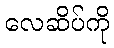
လေဆိပ်ကို